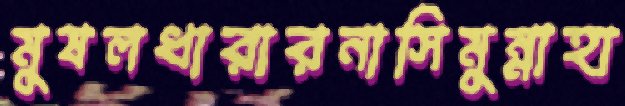
মুষলধারারনাসিমুন্নাহা